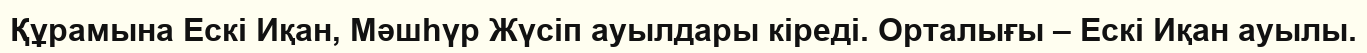
Құрамына Ескі Иқан, Мәшһүр Жүсіп ауылдары кіреді. Орталығы – Ескі Иқан ауылы.